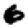
Digit: 6